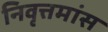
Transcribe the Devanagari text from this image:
निवृत्तमांस